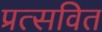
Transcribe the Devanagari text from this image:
प्रत्सवित